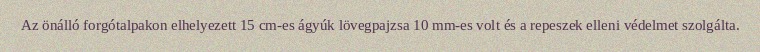
Az önálló forgótalpakon elhelyezett 15 cm-es ágyúk lövegpajzsa 10 mm-es volt és a repeszek elleni védelmet szolgálta.